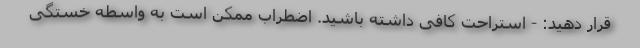
قرار دهید: - استراحت کافی داشته باشید. اضطراب ممکن است به واسطه خستگی